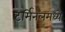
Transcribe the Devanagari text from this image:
टर्मिनलमध्ये